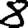
Digit: 8